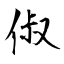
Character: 俶